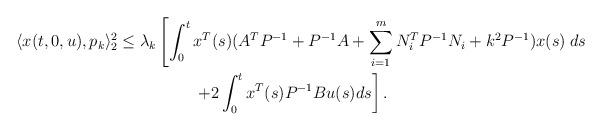
LaTeX: \begin{align*}\langle x(t, 0, u), p_{k} \rangle_2^2 &\leq \lambda_{k}\left[\int_0^t x^T(s)(A^T P^{-1}+P^{-1}A+ \sum_{i=1}^m N_i^T P^{-1} N_i+k^2 P^{-1}) x(s)\right. ds\\ &\ \ \ \ \ \ \ \ \ \ \ \ \ \ \left.+2\int_0^t x^T(s) P^{-1} B u(s) ds\right].\end{align*}